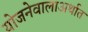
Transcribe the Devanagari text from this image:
योजनेवालाअर्थात